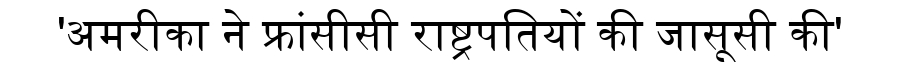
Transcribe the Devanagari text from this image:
'अमरीका ने फ्रांसीसी राष्ट्रपतियों की जासूसी की'